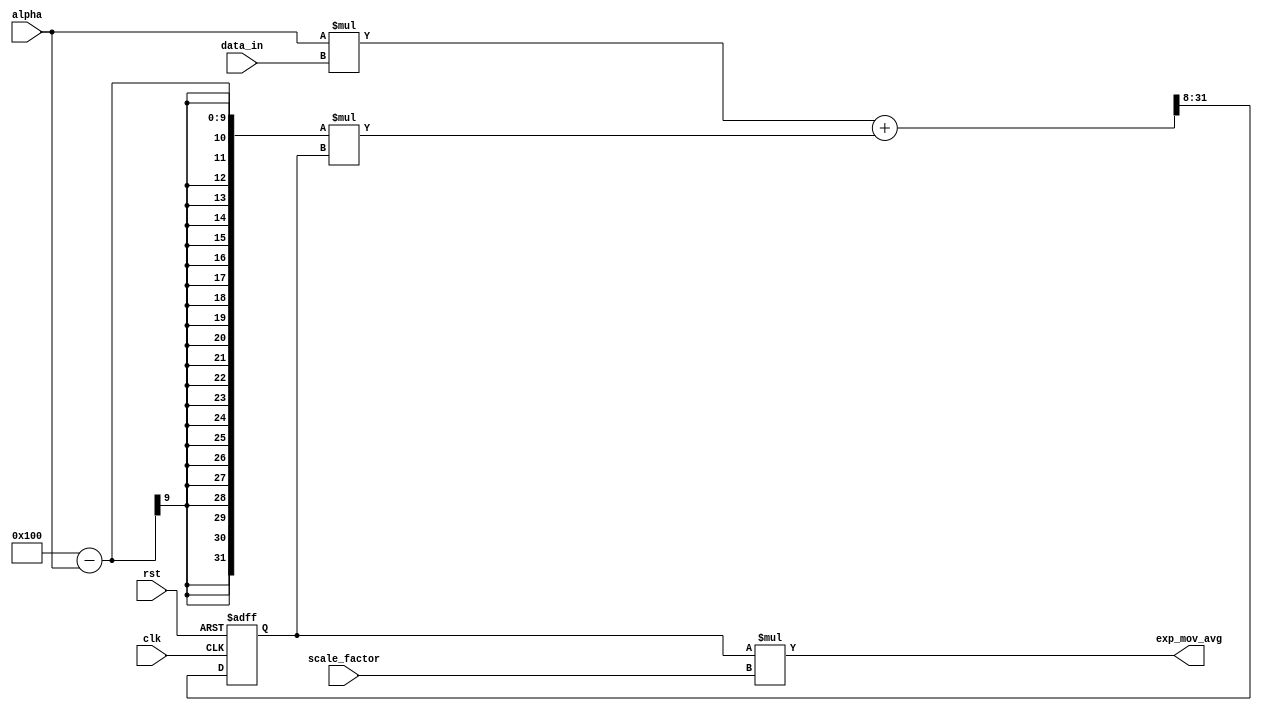
module exp_mov_avg_accumulator (
    input wire clk,
    input wire rst,
    input wire [15:0] data_in,
    input wire [7:0] alpha,
    input wire [7:0] scale_factor,
    output reg [23:0] exp_mov_avg
);

reg [23:0] sum;

always @(posedge clk or posedge rst) begin
    if (rst) begin
        sum <= 0;
    end else begin
        sum <= (alpha * data_in + (256 - alpha) * sum) >> 8;
    end
end

assign exp_mov_avg = sum * scale_factor;

endmodule